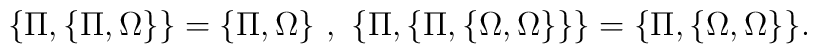
\{\Pi,\{\Pi, \Omega\}\}=\{\Pi, \Omega\}~,~\{\Pi,\{\Pi, \{\Omega ,\Omega \}\}\}=\{\Pi, \{\Omega ,\Omega\}\}.